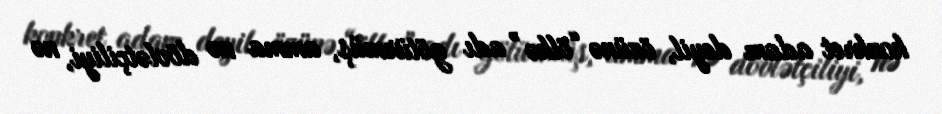
konkret adam deyil, özünə “ölkə” adı götürmüş, amma nə dövlətçiliyi, nə